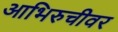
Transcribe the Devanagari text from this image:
आभिरुचीवर